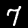
Digit: 7